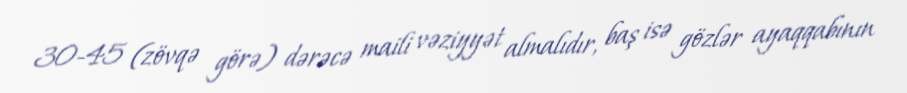
30-45 (zövqə görə) dərəcə maili vəziyyət almalıdır, baş isə gözlər ayaqqabının